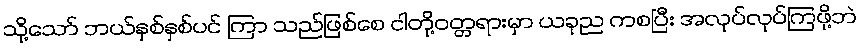
သို့သော် ဘယ်နှစ်နှစ်ပင် ကြာ သည်ဖြစ်စေ ငါတို့ဝတ္တရားမှာ ယခုည ကစပြီး အလုပ်လုပ်ကြဖို့ဘဲ